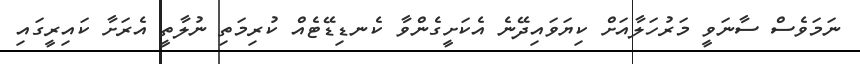
ނަމަވެސް ސާނަވީ މަރުހަލާއަށް ކިޔަވައިދޭނެ އެކަށީގެންވާ ކެނޑިޑޭޓެއް ކުރިމަތި ނުލާތީ އެރަށާ ކައިރީގައި